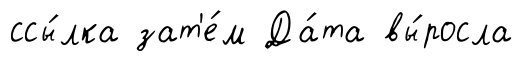
ссы́лка зат'е́м Да́та вы́росла